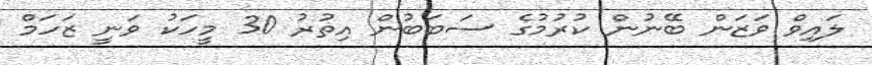
ލައިވް ވަޒަން ބޭނުން ކުރުމުގެ ސަބަބުން އިތުރު 30 މީހަކު ވަނީ ޒަހަމް